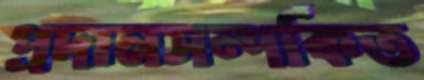
প্রদানসম্পর্কিত